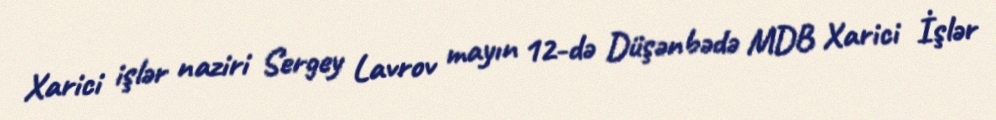
Xarici işlər naziri Sergey Lavrov mayın 12-də Düşənbədə MDB Xarici İşlər